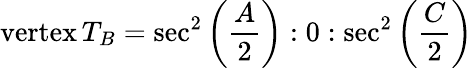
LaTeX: {\mathrm{vertex}}\, T_{B}=\sec^{2}\left({\frac{A}{2}}\right):0:\sec^{2}\left({\frac{C}{2}}\right)